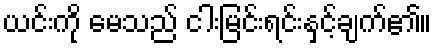
ယင်းကို မေသည် ငါးမြင်းရင်းနှင့်ချက်၏။